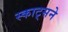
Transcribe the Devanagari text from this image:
स्काट्सने